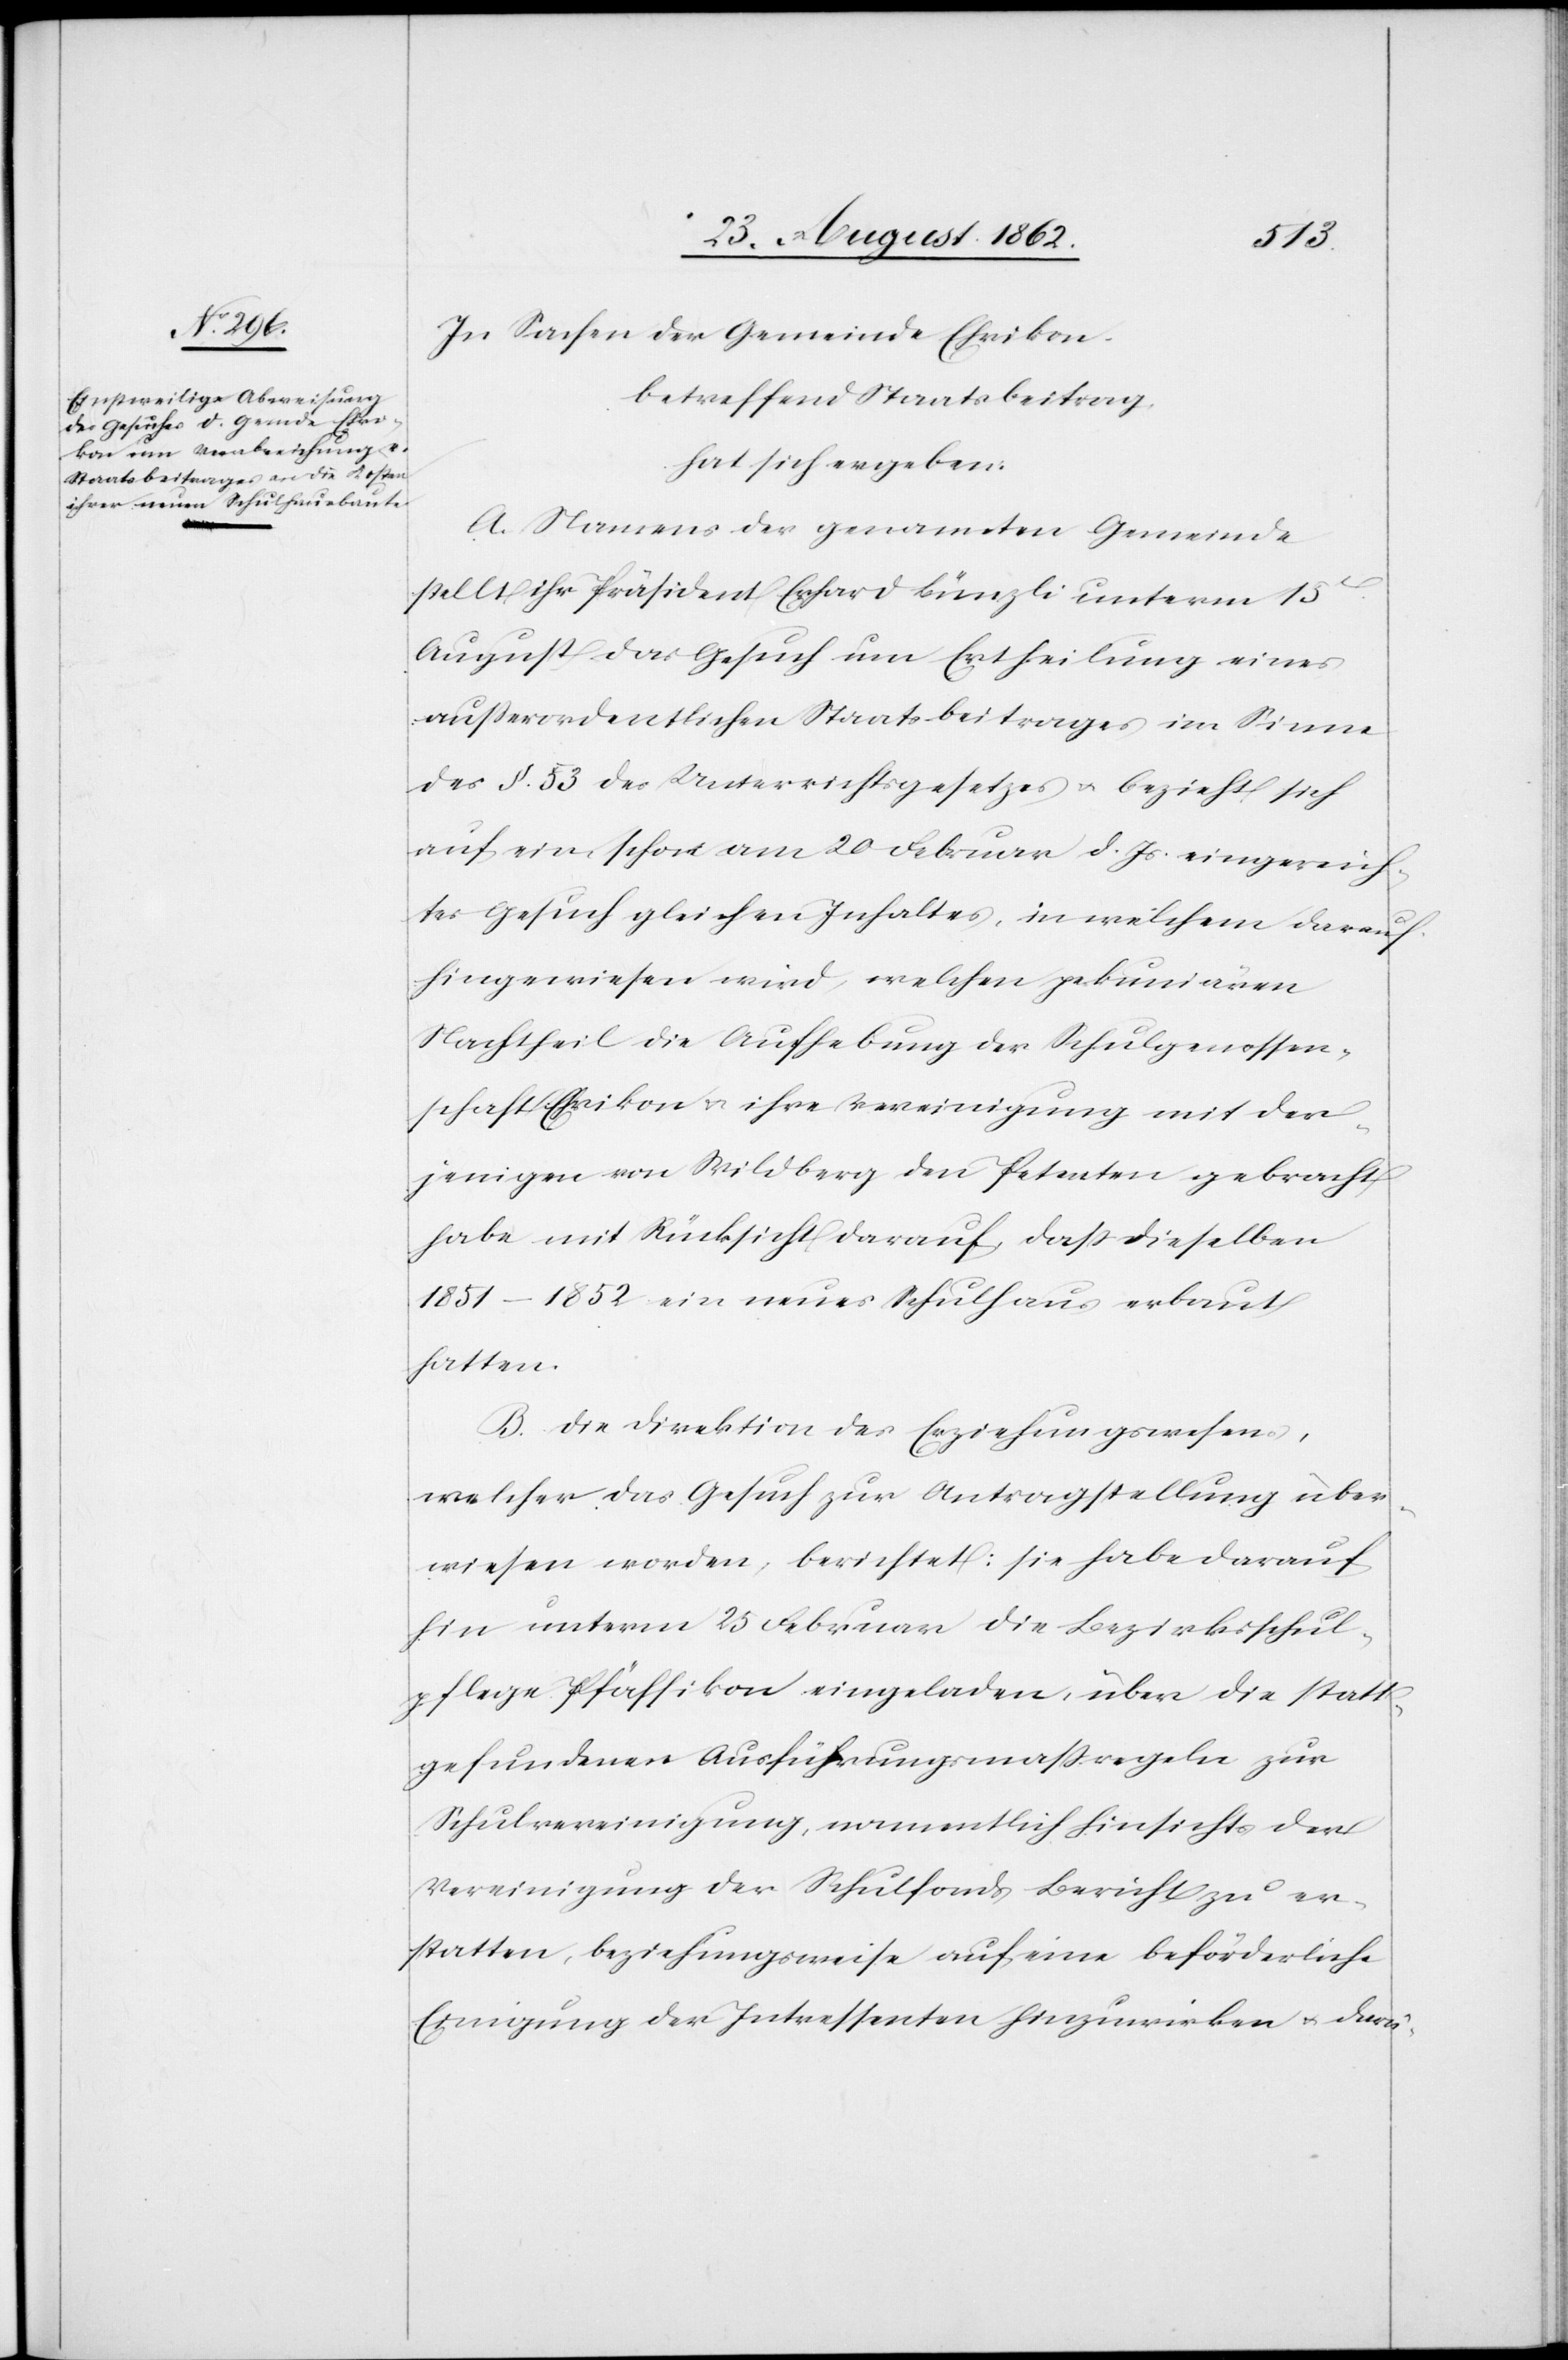
In Sachen der Gemeinde Ehrikon,
betreffend Staatsbeitrag,
hat sich ergeben:
A. Namens der genannten Gemeinde
stellt ihr Präsident Erhard Bünzli unterm 15t
August das Gesuch um Ertheilung eines
außerordentlichen Staatsbeitrages im Sinne
des §. 53 des Unterrichtsgesetzes u. bezieht sich
auf ein schon am 20. Februar d. Js. eingereich¬
tes Gesuch gleichen Inhaltes, in welchem darauf
hingewiesen wird, welchen pekuniären
Nachtheil die Aufhebung der Schulgenossen¬
schaft Ehrikon u. ihre Vereinigung mit der¬
jenigen von Wildberg den Petenten gebracht
habe mit Rücksicht darauf, daß dieselben
1851–1852 ein neues Schulhaus erbaut
hatten.
B. Die Direktion des Erziehungswesens,
welcher das Gesuch zur Antragstellung über¬
wiesen worden, berichtet: sie habe darauf
hin unterm 25. Februar die Bezirksschul¬
pflege Pfäffikon eingeladen, über die statt¬
gefundenen Ausführungsmaßregeln zur
Schulvereinigung, namentlich hinsichts der
Vereinigung der Schulfonds Bericht zu er¬
statten, beziehungsweise auf eine beförderliche
Einigung der Interessenten hinzuwirken u. darü-